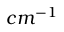
c m ^ { - 1 }